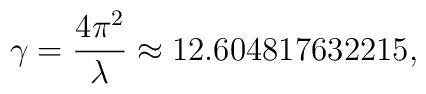
\gamma = {4\pi^2 \over \lambda} \approx 12.604817632215,